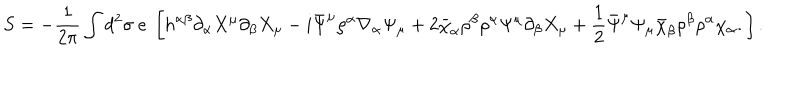
LaTeX: S = - \frac { 1 } { 2 \pi } \int d ^ { 2 } \sigma ~ e ~ \left[ h ^ { \alpha \beta } \partial _ { \alpha } X ^ { \mu } \partial _ { \beta } X _ { \mu } - i \bar { \Psi } ^ { \mu } \rho ^ { \alpha } \nabla _ { \alpha } \Psi _ { \mu } + 2 \bar { \chi } _ { \alpha } \rho ^ { \beta } \rho ^ { \alpha } \Psi ^ { \mu } \partial _ { \beta } X _ { \mu } + \frac { 1 } { 2 } \bar { \Psi } ^ { \mu } \Psi _ { \mu } \bar { \chi } _ { \beta } \rho ^ { \beta } \rho ^ { \alpha } \chi _ { \alpha } . \right] .